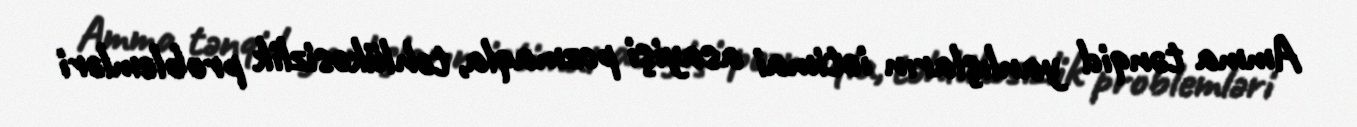
Amma tənqid yanlışların ictimai asayişi pozmaqla, təhlükəsizlik problemləri